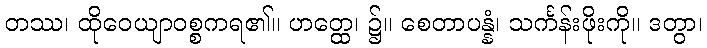
တဿ၊ ထိုဝေယျာဝစ္စကရ၏။ ဟတ္ထေ၊ ၌။ စေတာပန္နံ၊ သင်္ကန်းဖိုးကို။ ဒတွာ၊